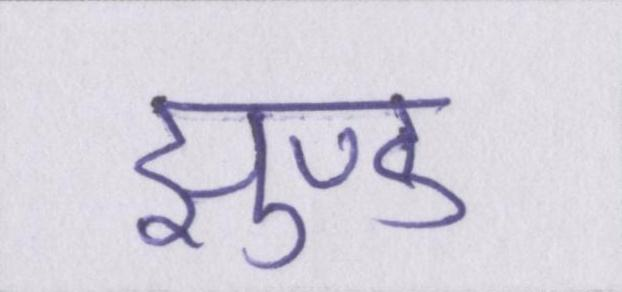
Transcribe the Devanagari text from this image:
झुण्ड